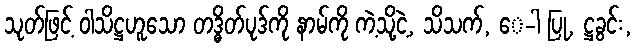
သုတ်ဖြင့် ဝါသိဋ္ဌဟူသော တဒ္ဓိတ်ပုဒ်ကို နာမ်ကို ကဲ့သို့ငဲ့, သိသက်, ေ-ါ ပြု, ဋ္ဌခွင်း,